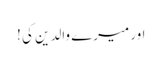
اور میرے والدین کی !